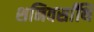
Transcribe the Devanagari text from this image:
शनिवर्सांथि